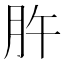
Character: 㬳